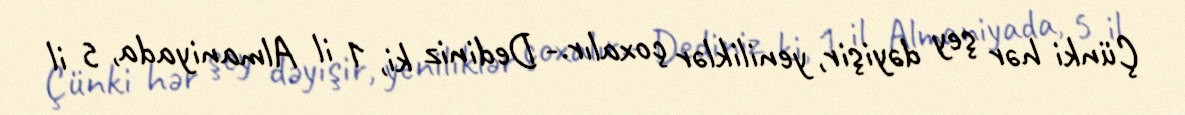
Çünki hər şey dəyişir, yeniliklər çoxalır.- Dediniz ki, 1 il Almaniyada, 5 il